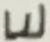
Text: E